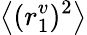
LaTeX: \left<(r_{1}^{v})^{2}\right>